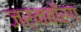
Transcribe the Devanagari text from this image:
जर्नबॉर्ग